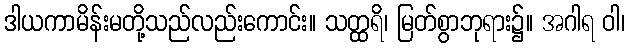
ဒါယကာမိန်းမတို့သည်လည်းကောင်း။ သတ္ထရိ၊ မြတ်စွာဘုရား၌။ အဂါရ ဝါ၊